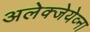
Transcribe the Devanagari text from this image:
अलेक्जेयेव्ना